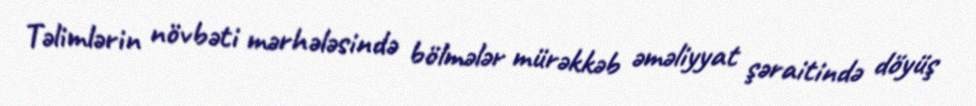
Təlimlərin növbəti mərhələsində bölmələr mürəkkəb əməliyyat şəraitində döyüş